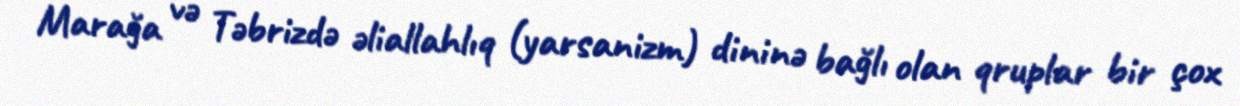
Marağa və Təbrizdə əliallahlıq (yarsanizm) dininə bağlı olan qruplar bir çox